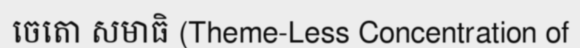
ចេតោ សមាធិ (Theme-Less Concentration of